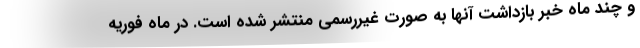
و چند ماه خبر بازداشت آنها به صورت غیررسمی منتشر شده است. در ماه فوریه